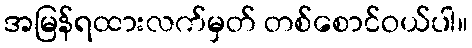
အမြန်ရထားလက်မှတ် တစ်စောင်ဝယ်ပါ။